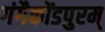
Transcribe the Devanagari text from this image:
गंगैकोंडपुरम्